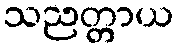
သညတ္တာယ